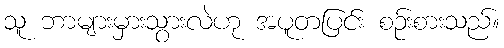
သူ ဘာများမှားသွားလဲဟု အပူတပြင်း စဉ်းစားသည်။